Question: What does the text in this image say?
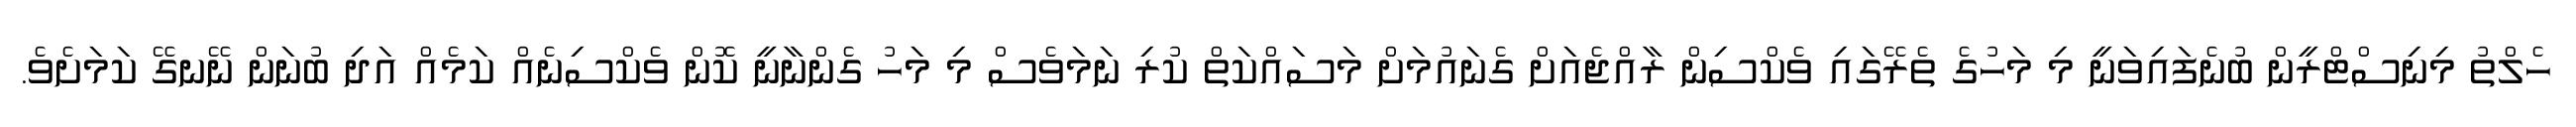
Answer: ހެލްތު މިނިސްޓްރީން ބުނެފައިވަނީ މި މަހުގެ ތެރޭގައި ވެކްސިން ރާއްޖެއަށް ގެނައުމަށް މަސައްކަތް ކުރި ނަމަވެސް މި މަހު ގެންނާނީ ކޮން ވެކްސިނެއް ކަމެއް އަދި ބުނަން ނޭނގޭ ކަމަށެވެ.